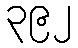
၃၉၂